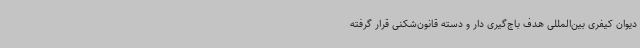
دیوان کیفری بین‌المللی هدف باج‌گیری دار و دسته قانون‌شکنی قرار گرفته